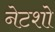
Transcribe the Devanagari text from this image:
नेटशो